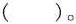
( )。